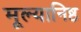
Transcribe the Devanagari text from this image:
मूल्यानिष्ठ